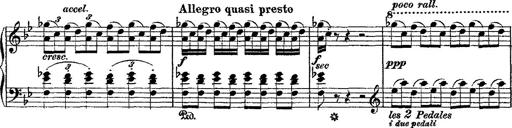
Title: Fantaisie romantique sur deux mÃ©lodies suisses
Composer: Franz Liszt